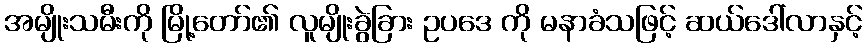
အမျိုးသမီးကို မြို့တော်၏ လူမျိုးခွဲခြား ဥပဒေ ကို မနာခံသဖြင့် ဆယ်ဒေါ်လာနှင့်